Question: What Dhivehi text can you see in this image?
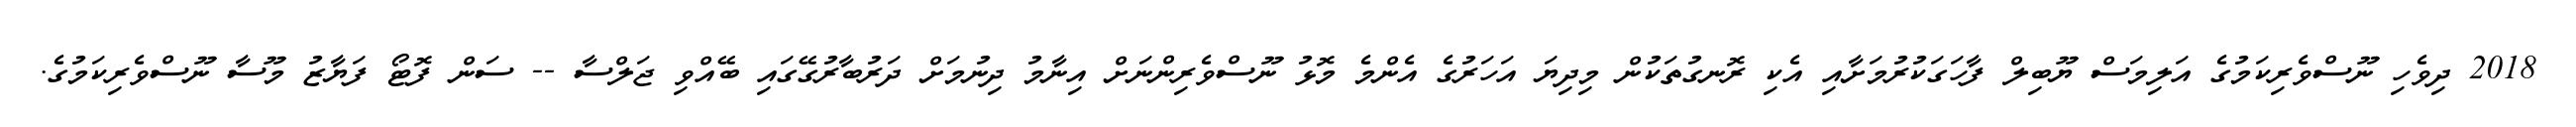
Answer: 2018 ދިވެހި ނޫސްވެރިކަމުގެ އަލިމަސް ޔޫބިލް ފާހަގަކުރުމަށާއި އެކި ރޮނގުތަކުން މިދިޔަ އަހަރުގެ އެންމެ މޮޅު ނޫސްވެރިންނަށް އިނާމު ދިނުމަށް ދަރުބާރުގޭގައި ބޭއްވި ޖަލްސާ -- ސަން ފޮޓޯ ފަޔާޒު މޫސާ ނޫސްވެރިކަމުގެ.